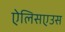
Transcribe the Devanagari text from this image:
ऐलिसएउस